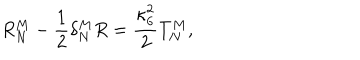
R _ { N } ^ { M } - \frac { 1 } { 2 } \delta _ { N } ^ { M } R = \frac { \kappa _ { 6 } ^ { 2 } } { 2 } T _ { N } ^ { M } ,